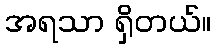
အရသာ ရှိတယ်။